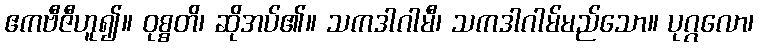
ဧကဗီဇီဟူ၍။ ဝုစ္စတိ၊ ဆိုအပ်၏။ သကဒါဂါမီ၊ သကဒါဂါမ်မည်သော။ ပုဂ္ဂလော၊